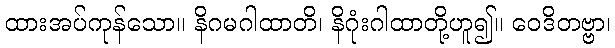
ထားအပ်ကုန်သော။ နိဂမဂါထာတိ၊ နိဂုံးဂါထာတို့ဟူ၍။ ဝေဒိတဗ္ဗာ၊